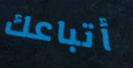
أتباعك